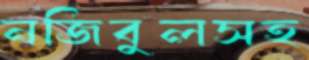
নজিবুলসহ